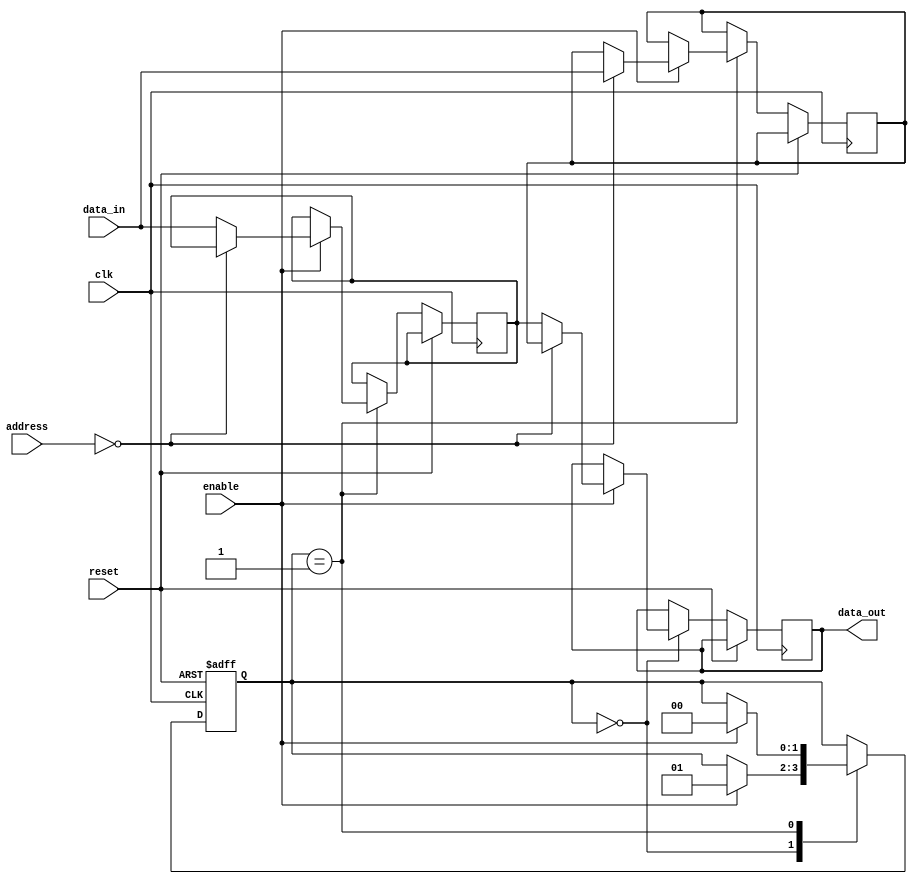
module SequentialLogicBlocksFlashMemory (
    input wire clk, // Clock input
    input wire reset, // Reset input
    input wire enable, // Enable input
    input wire [7:0] data_in, // Data input
    input wire [3:0] address, // Address input
    output reg [7:0] data_out // Data output
);

// Define memory blocks using flip-flops
reg [7:0] memory_block_0;
reg [7:0] memory_block_1;

// Define control signals
reg [1:0] state;

// Sequential logic for data storage and retrieval
always @(posedge clk or posedge reset) begin
    if (reset) begin
        state <= 2'b00; // Reset state
    end else begin
        case (state)
            2'b00: begin // Read state
                if (enable) begin
                    data_out <= (address == 4'b0000) ? memory_block_0 : memory_block_1;
                    state <= 2'b01; // Proceed to write state
                end
            end
            2'b01: begin // Write state
                if (enable) begin
                    if (address == 4'b0000) begin
                        memory_block_0 <= data_in;
                    end else begin
                        memory_block_1 <= data_in;
                    end
                    state <= 2'b00; // Proceed to read state
                end
            end
        endcase
    end
end

endmodule